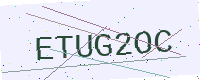
Text: ETUG2OC